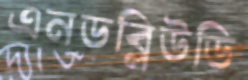
এনডব্লিউডি